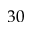
3 0